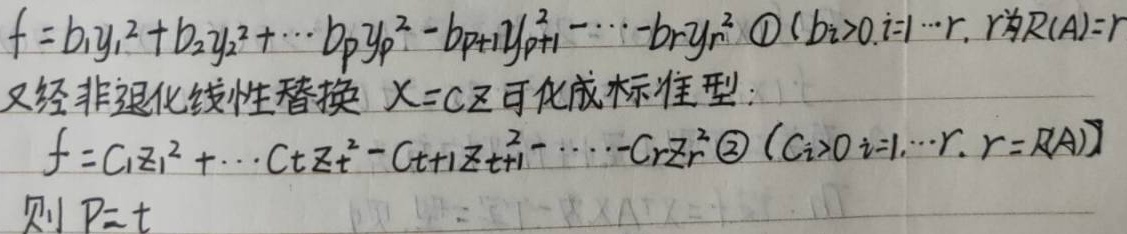
$f=b_1y_1^{2}+b_2y_2^{2}+\cdots+b_py_p^{2}-b_{p+1}y_{p+1}^{2}-\cdots-b_ry_r^{2}\quad\textcircled{1}(b_i>0,i=1,\cdots,r,r=R(A)=r)$
又经非退化线性替换$\X=CZ\$可化成标准型：
$f=c_1z_1^{2}+\cdots+c_tz_t^{2}-c_{t+1}z_{t+1}^{2}-\cdots-c_rz_r^{2}\quad\textcircled{2}(c_i>0,i=1,\cdots,r,r=R(A))$
则$\P=t$